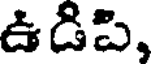
ఉడిపి,